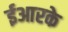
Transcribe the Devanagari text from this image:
ईआरके